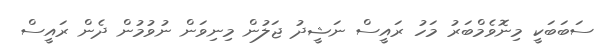
ސަބަބަކީ މިނޮވެމްބަރު މަހު ރައީސް ނަޝީދު ޖަލުން މިނިވަން ނުވުމުން ދެން ރައީސް